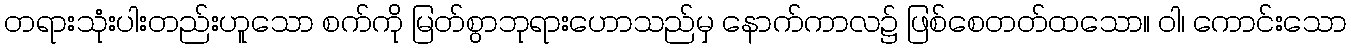
တရားသုံးပါးတည်းဟူသော စက်ကို မြတ်စွာဘုရားဟောသည်မှ နောက်ကာလ၌ ဖြစ်စေတတ်ထသော။ ဝါ၊ ကောင်းသော